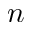
n